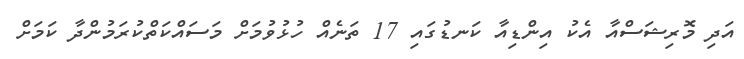
އަދި މޮރިޝަސްއާ އެކު އިންޑިއާ ކަނޑުގައި 17 ތަނެއް ހުޅުވުމަށް މަސައްކަތްކުރަމުންދާ ކަމަށް